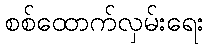
စစ်ထောက်လှမ်းရေး